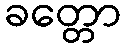
ခတ္တော